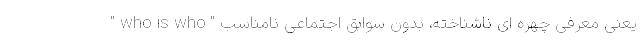
" who is who " یعنی معرفی چهره ای ناشناخته، بدون سوابق اجتماعی نامناسب